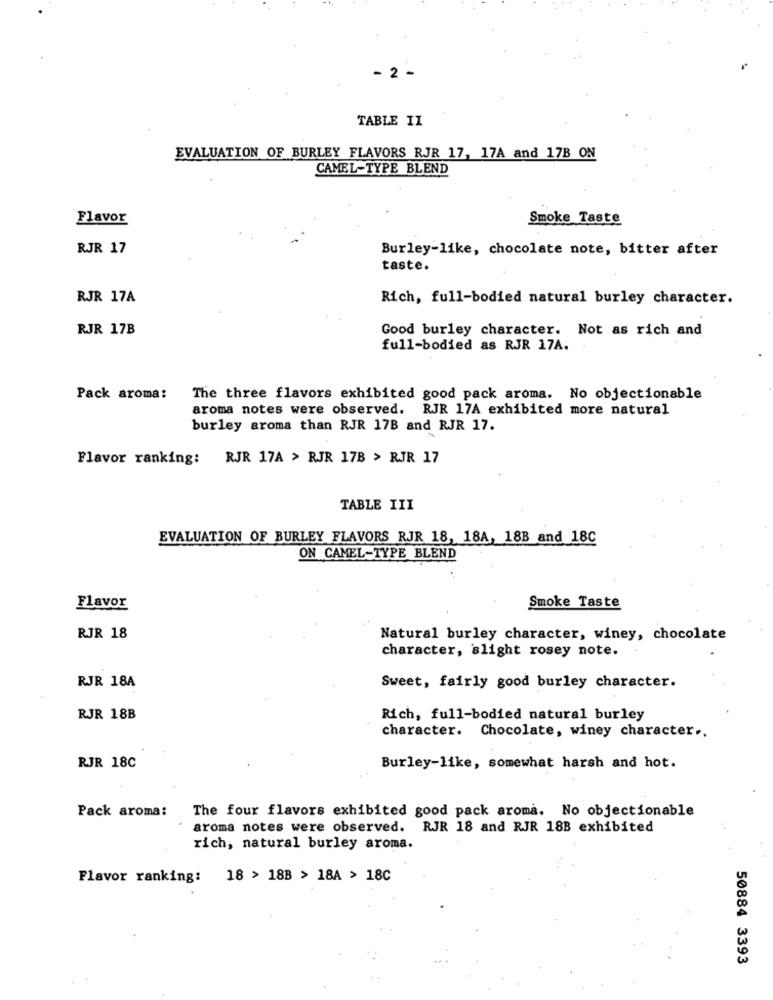
- 2 -
TABLE II
EVALUATION OF BURLEY FLAVORS RJR 17, 17A and 17B ON
CAMEL-TYPE BLEND
Flavor
Smoke Taste
RJR 17
Burley-like, chocolate note, bitter after
taste.
RJR 17A
Rich, full-bodied natural burley character.
RJR 17B
Good burley character. Not as rich and
full-bodied as RJR 17A.
Pack aroma:
The three flavors exhibited good pack aroma. No objectionable
aroma notes were observed. RJR 17A exhibited more natural
burley aroma than RJR 17B and RJR 17.
Flavor ranking:
RJR 17A > RJR 17B > RJR 17
TABLE III
EVALUATION OF BURLEY FLAVORS RJR 18, 18A, 18B and 18C
ON CAMEL-TYPE BLEND
Smoke Taste
Flavor
RJR 18
Natural burley character, winey, chocolate
character, slight rosey note.
RJR 18A
Sweet, fairly good burley character.
RJR 18B
Rich, full-bodied natural burley
character. Chocolate, winey character ..
RJR 18C
Burley-like, somewhat harsh and hot.
Pack aroma: The four flavors exhibited good pack aroma. No objectionable
aroma notes were observed. RJR 18 and RJR 18B exhibited
rich, natural burley aroma.
Flavor ranking: 18 > 18B > 18A > 18C
50884 3393